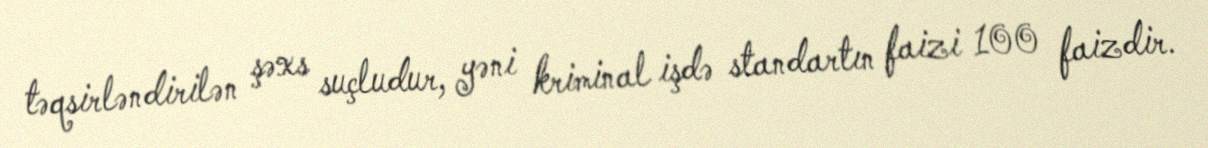
təqsirləndirilən şəxs suçludur, yəni kriminal işdə standartın faizi 100 faizdir.